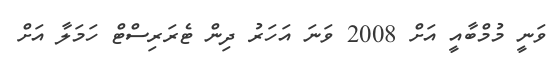
ވަނީ މުމްބާއީ އަށް 2008 ވަނަ އަހަރު ދިން ޓެރަރިސްޓް ހަމަލާ އަށް